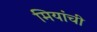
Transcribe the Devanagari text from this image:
मियांची